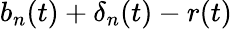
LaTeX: b_{n}(t)+\mathbf{\delta}_{n}(t)-r(t)